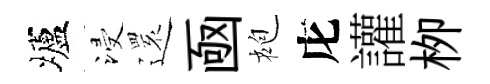
壚浸𮟃凾袍庀讙栁